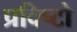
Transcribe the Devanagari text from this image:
प्रविष्टो